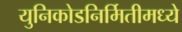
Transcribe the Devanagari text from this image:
युनिकोडनिर्मितीमध्ये